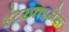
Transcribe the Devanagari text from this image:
इंटरप्राइज़ेस